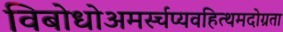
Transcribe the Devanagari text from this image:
विबोधोअमर्स्चप्यवहित्थमदोग्रता